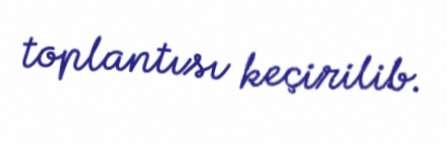
toplantısı keçirilib.